65_HS1-834228961_62-HQ-83894_Section_6
Agency: FBI
Page 235
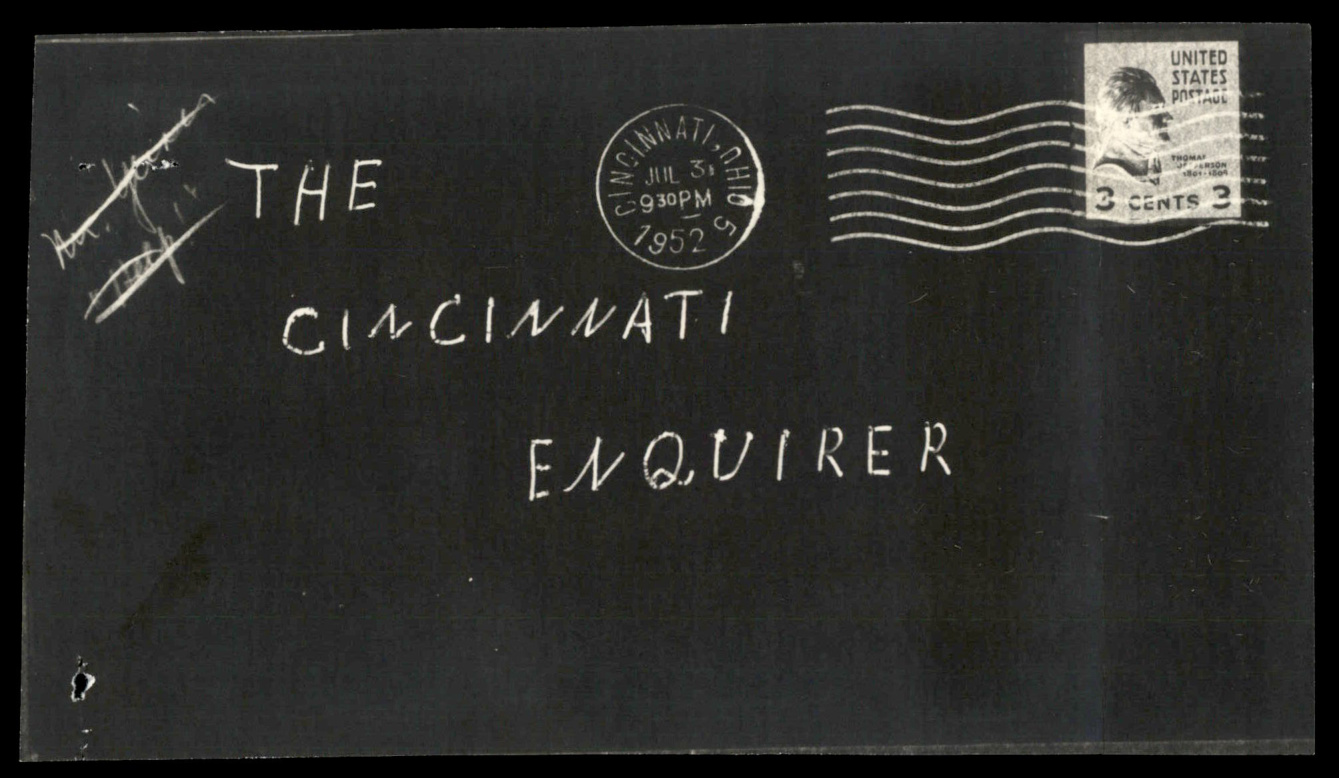